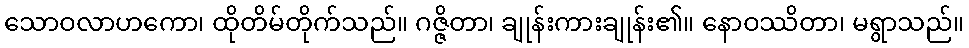
သောဝလာဟကော၊ ထိုတိမ်တိုက်သည်။ ဂဇ္ဇိတာ၊ ချုန်းကားချုန်း၏။ နောဝဿိတာ၊ မရွာသည်။